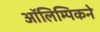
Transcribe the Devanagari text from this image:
ऑलिम्पिकने